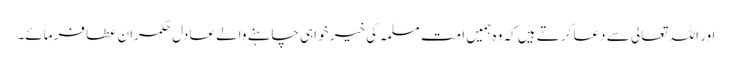
اور اللہ تعالی سے دعا کرتے ہیں کہ وہ ہمیں امت مسلمہ کی خیر خواہی چاہنے والے عادل حکمران عطا فرمائے۔